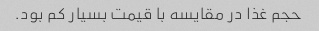
حجم غذا در مقایسه با قیمت بسیار کم بود.